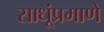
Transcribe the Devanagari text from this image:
साधूंप्रमाणे